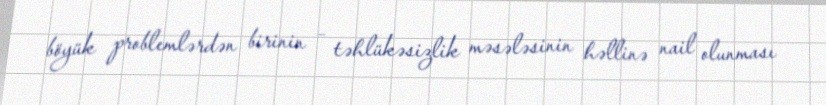
böyük problemlərdən birinin – təhlükəsizlik məsələsinin həllinə nail olunması